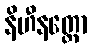
နိဟီနတ္တော